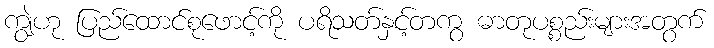
ကျွဲဟု ပြည်ထောင်စုဖောင့်ကို ပရိသတ်နှင့်တကွ ဓာတုပစ္စည်းများအတွက်